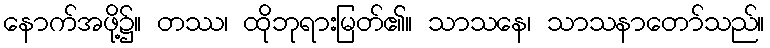
နောက်အဖို့၌။ တဿ၊ ထိုဘုရားမြတ်၏။ သာသနေ၊ သာသနာတော်သည်။